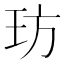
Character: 𤤁